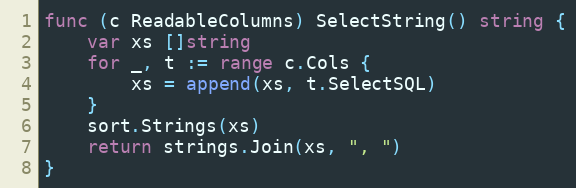
Language: Go
func (c ReadableColumns) SelectString() string {
	var xs []string
	for _, t := range c.Cols {
		xs = append(xs, t.SelectSQL)
	}
	sort.Strings(xs)
	return strings.Join(xs, ", ")
}